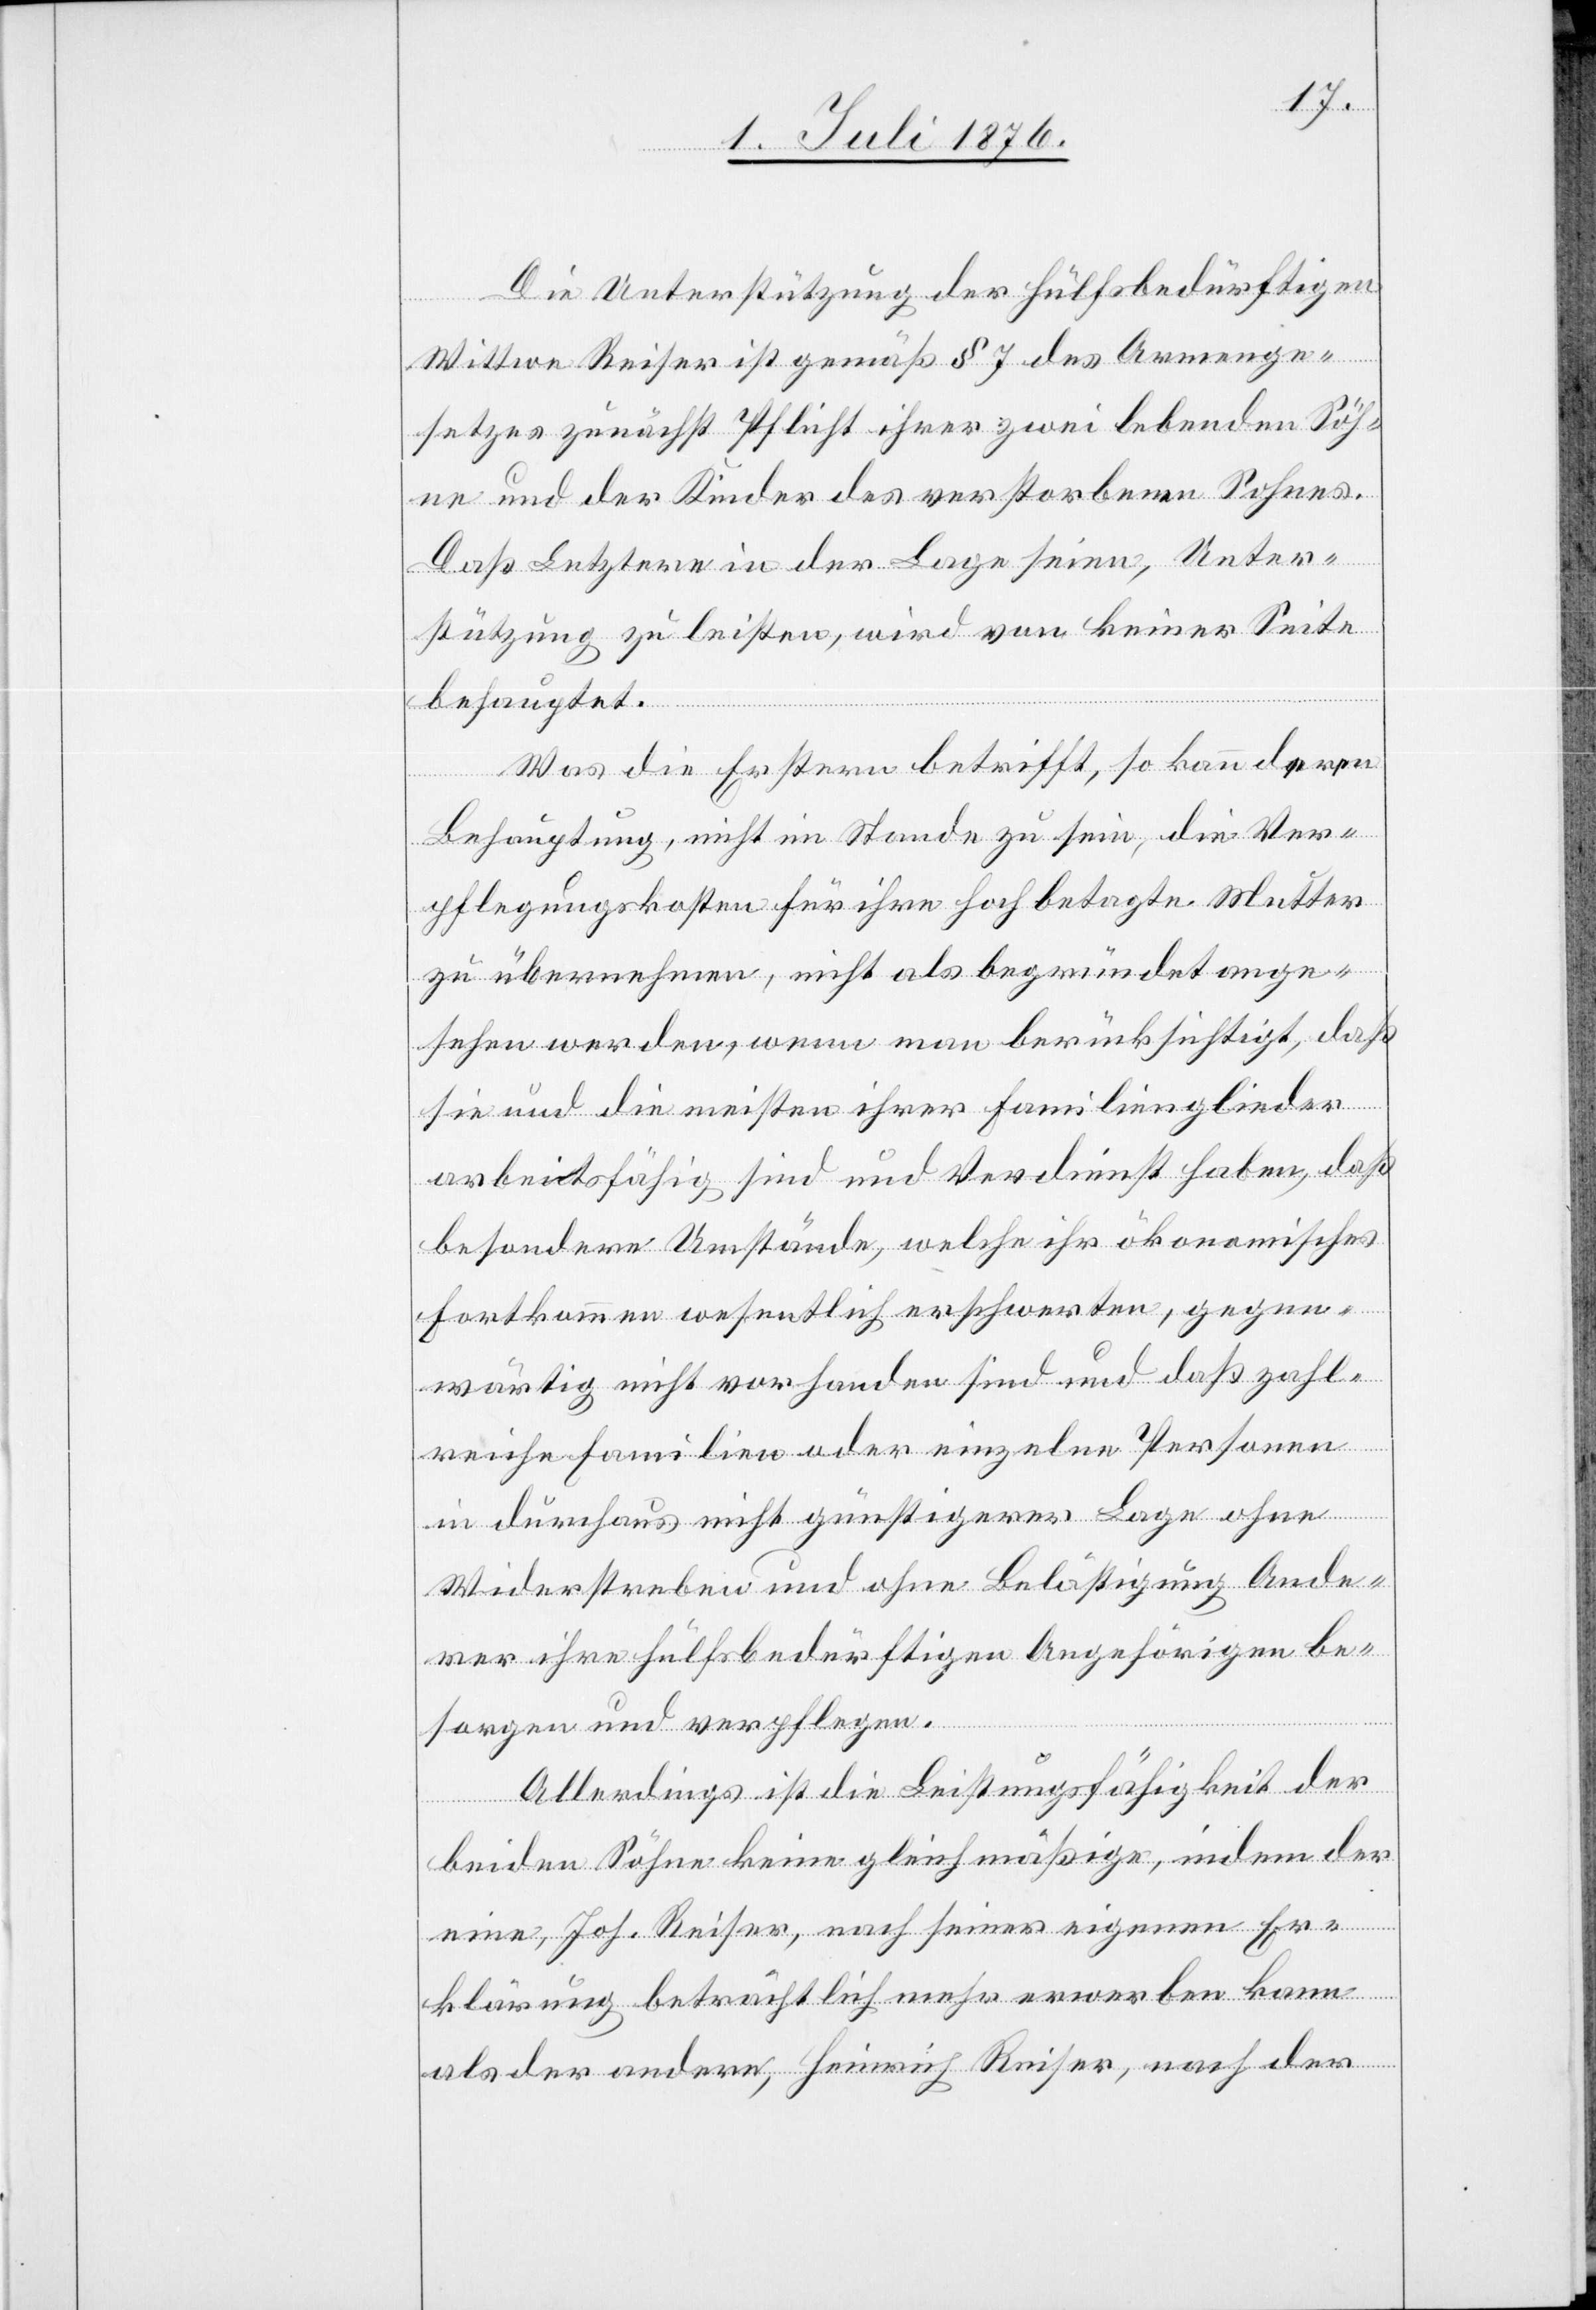
Die Unterstützung der hülfsbedürftigen
Wittwe Reiser ist gemäß § 7 des Armenge¬
setzes zunächst Pflicht ihrer zwei lebenden Söh¬
ne und der Kinder des verstorbenen Sohnes.
Daß Letztere in der Lage seien, Unter¬
stützung zu leisten, wird von keiner Seite
behauptet.
Was die Erstern betrifft, so kann deren
Behauptung, nicht im Stande zu sein, die Ver¬
pflegungskosten für ihre hoch betagte Mutter
zu übernehmen, nicht als begründet ange¬
sehen werden, wenn man berücksichtigt, das
sie und die meisten ihrer Familienmitglieder
arbeitsfähig sind und Verdienst haben, daß
besondere Umstände, welche ihr ökonomisches
Fortkommen wesentlich erschwerten, gegen¬
wärtig nicht vorhanden sind und daß zahl¬
reiche Familien oder einzelne Personen
in durchaus nicht günstigerer Lage ohne
Widerstreben und ohne Belästigung Ande¬
rer ihre hülfsbedürftigen Angehörigen be¬
sorgen und verpflegen.
Allerdings ist die Leistungsfähigkeit der
beiden Söhne keine gleichmäßige, indem der
eine, Joh. Reiser, nach seiner eigenen Er¬
klärung beträchtlich mehr erwerben kann
als der andere, Heinrich Reiser, nach der